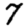
Digit: 7